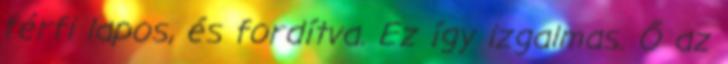
férfi lapos, és fordítva. Ez így izgalmas. Ő az